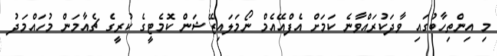
މި އިންތިހާބުގައި ވާދަކުރައްވާނެ ކަމަށް އެފްއޭއެމް ނޯމަލައިޒޭޝަން ކޮމެޓީގެ ކުރީގެ ޗެއާމަން މުހައްމަދު